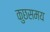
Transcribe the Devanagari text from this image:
कुछसमय